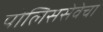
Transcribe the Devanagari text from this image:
पोलिससेवेचा